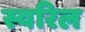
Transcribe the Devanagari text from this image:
स्यरिल